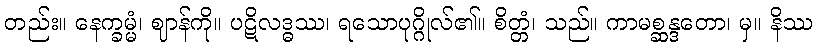
တည်း။ နေက္ခမ္မံ၊ ဈာန်ကို။ ပဋိလဒ္ဓဿ၊ ရသောပုဂ္ဂိုလ်၏။ စိတ္တံ၊ သည်။ ကာမစ္ဆန္ဒတော၊ မှ။ နိဿ